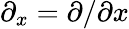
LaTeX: \partial_{x}=\partial/\partial x